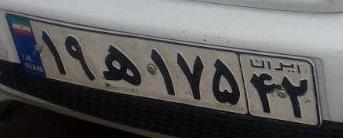
۱۹ه۱۷۵۴۲